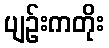
ပျဉ်းကတိုး